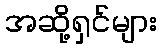
အဆို့ရှင်များ